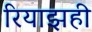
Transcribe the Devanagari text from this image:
रियाझही